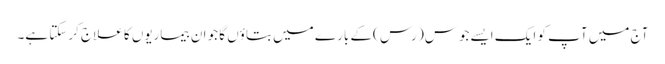
آج میں آپ کو ایک ایسےجوس( رس )کے بارے میں بتاؤں گا جو ان بیماریوں کا علاج کرسکتا ہے۔